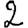
Digit: 2